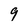
Character: 9